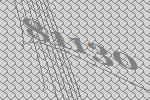
81130